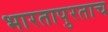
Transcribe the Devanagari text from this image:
भारतापुरताच